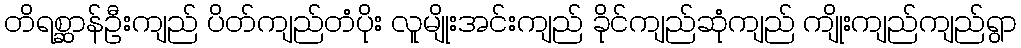
တိရစ္ဆာန်ဦးကျည် ပိတ်ကျည်တံပိုး လူမျိုးအင်းကျည် ခိုင်ကျည်ဆုံကျည် ကျိုးကျည်ကျည်ရွာ